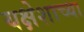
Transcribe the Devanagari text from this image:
यक्षेशाच्या